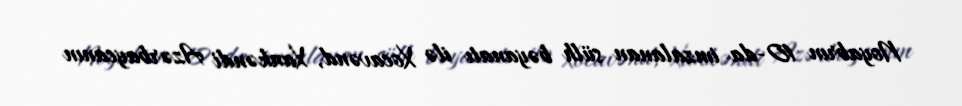
Noyabrın 10-da imzalanan sülh bəyanatı ilə Xocavənd, Xankəndi Azərbaycanın